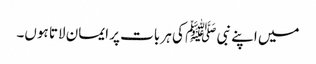
میں اپنے نبی ﷺ کی ہر بات پر ایمان لاتا ہوں۔